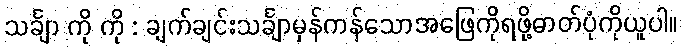
သင်္ချာ ကို ကို : ချက်ချင်းသင်္ချာမှန်ကန်သောအဖြေကိုရဖို့ဓာတ်ပုံကိုယူပါ။